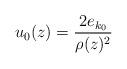
LaTeX: \begin{align*}u_0(z) = \frac{2 e_{k_0}}{\rho(z)^2}\end{align*}